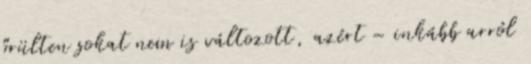
őrülten sokat nem is változott, azért – inkább arról